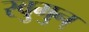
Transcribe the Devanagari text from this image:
रवुुमुन्